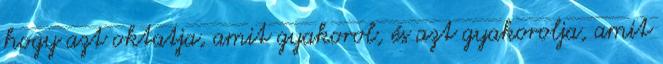
hogy azt oktatja, amit gyakorol, és azt gyakorolja, amit